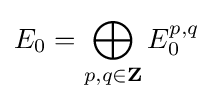
E_{0}=\bigoplus _{p,q\in \mathbf {Z} }E_{0}^{p,q}